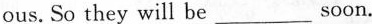
ous. So they will be___soon.